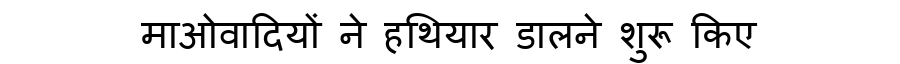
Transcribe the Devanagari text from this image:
माओवादियों ने हथियार डालने शुरू किए